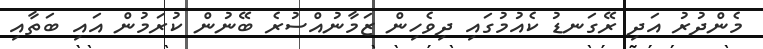
މެންދުރު އަދި ރޭގަނޑު ކެއުމުގައި ދިވެހިން ޒަމާނުއްސުރެ ބޭނުން ކުރަމުން އައި ބަތާއި